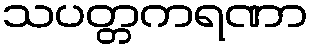
သပတ္တကရဏာ